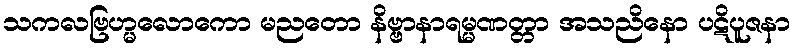
သကလဗြဟ္မလောကော မညတော နိဗ္ဗာနာရမ္မဏတ္တာ အသညိနော ပဋိပူဇနာ